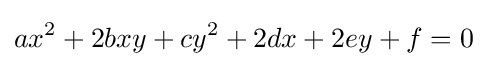
ax^{2}+2bxy+cy^{2}+2dx+2ey+f=0